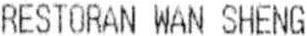
RESTORAN WAN SHENG